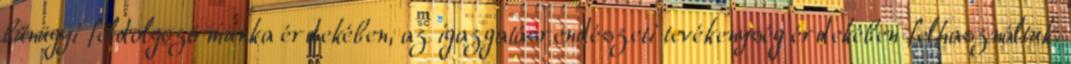
bűnügyi feldolgozó munka érdekében, az igazgatásrendészeti tevékenység érdekében felhasználtuk.